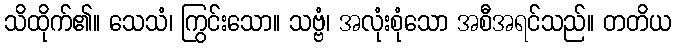
သိထိုက်၏။ သေသံ၊ ကြွင်းသော။ သဗ္ဗံ၊ အလုံးစုံသော အစီအရင်သည်။ တတိယ